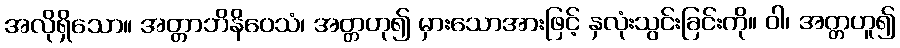
အလိုရှိသော။ အတ္တာဘိနိဝေသံ၊ အတ္တဟု၍ မှားသောအားဖြင့် နှလုံးသွင်းခြင်းကို။ ဝါ၊ အတ္တဟူ၍